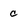
Character: c